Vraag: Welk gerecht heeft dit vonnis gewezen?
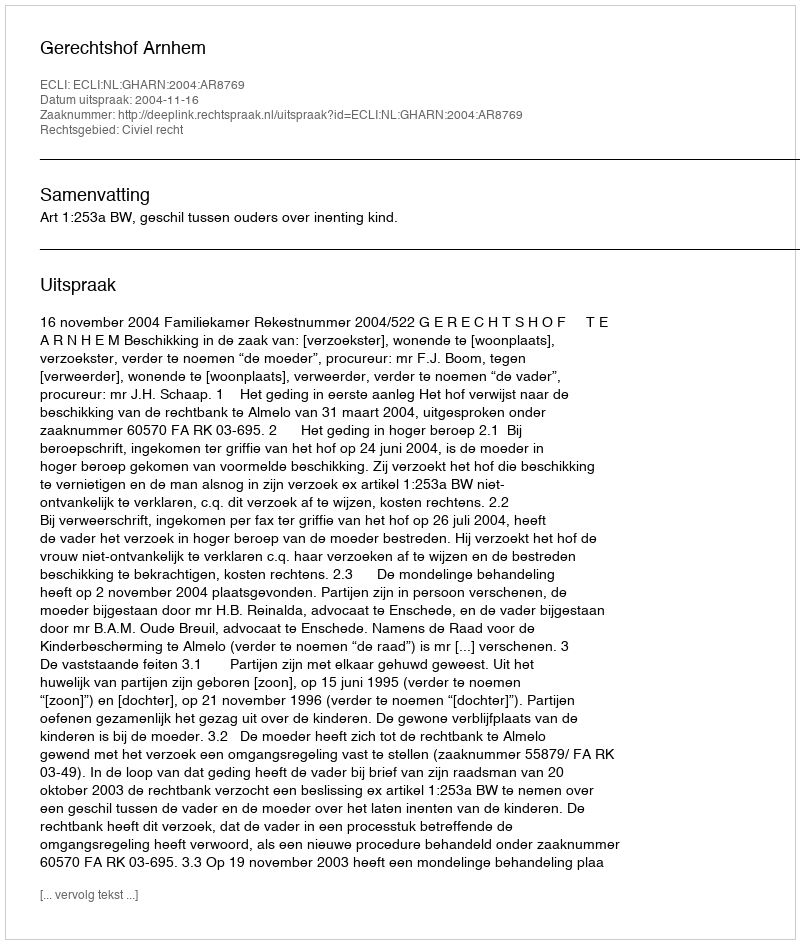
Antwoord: Gerechtshof Arnhem